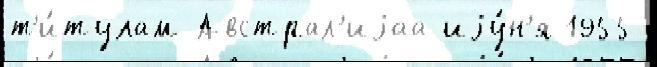
т'и́тулам Австрал'иjаа иjу́н'я 1955